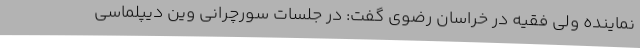
نماینده ولی فقیه در خراسان رضوی گفت: در جلسات سورچرانی وین دیپلماسی